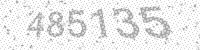
Solution: 485135